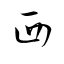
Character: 西